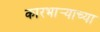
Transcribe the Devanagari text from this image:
कारभार्‍याच्या